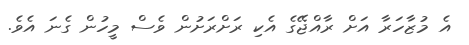
އެ މުޒާހަރާ އަށް ރާއްޖޭގެ އެކި ރަށްރަށުން ވެސް މީހުން ގެނަ އެވެ.